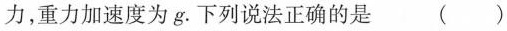
力，重力加速度为g.下列说法正确的是 ( )